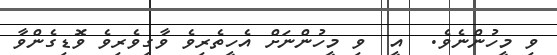
ވި މީހުންނެވެ.  އީ  ވި މީހުންނަށް އެހީތެރިވެ ވާގިވެރިވެ ވޮޑިގެންވާ